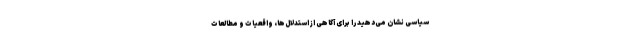
سیاسی نشان می‌دهید را برای آگاهی از استدلال‌ها، واقعیات و مطالعات